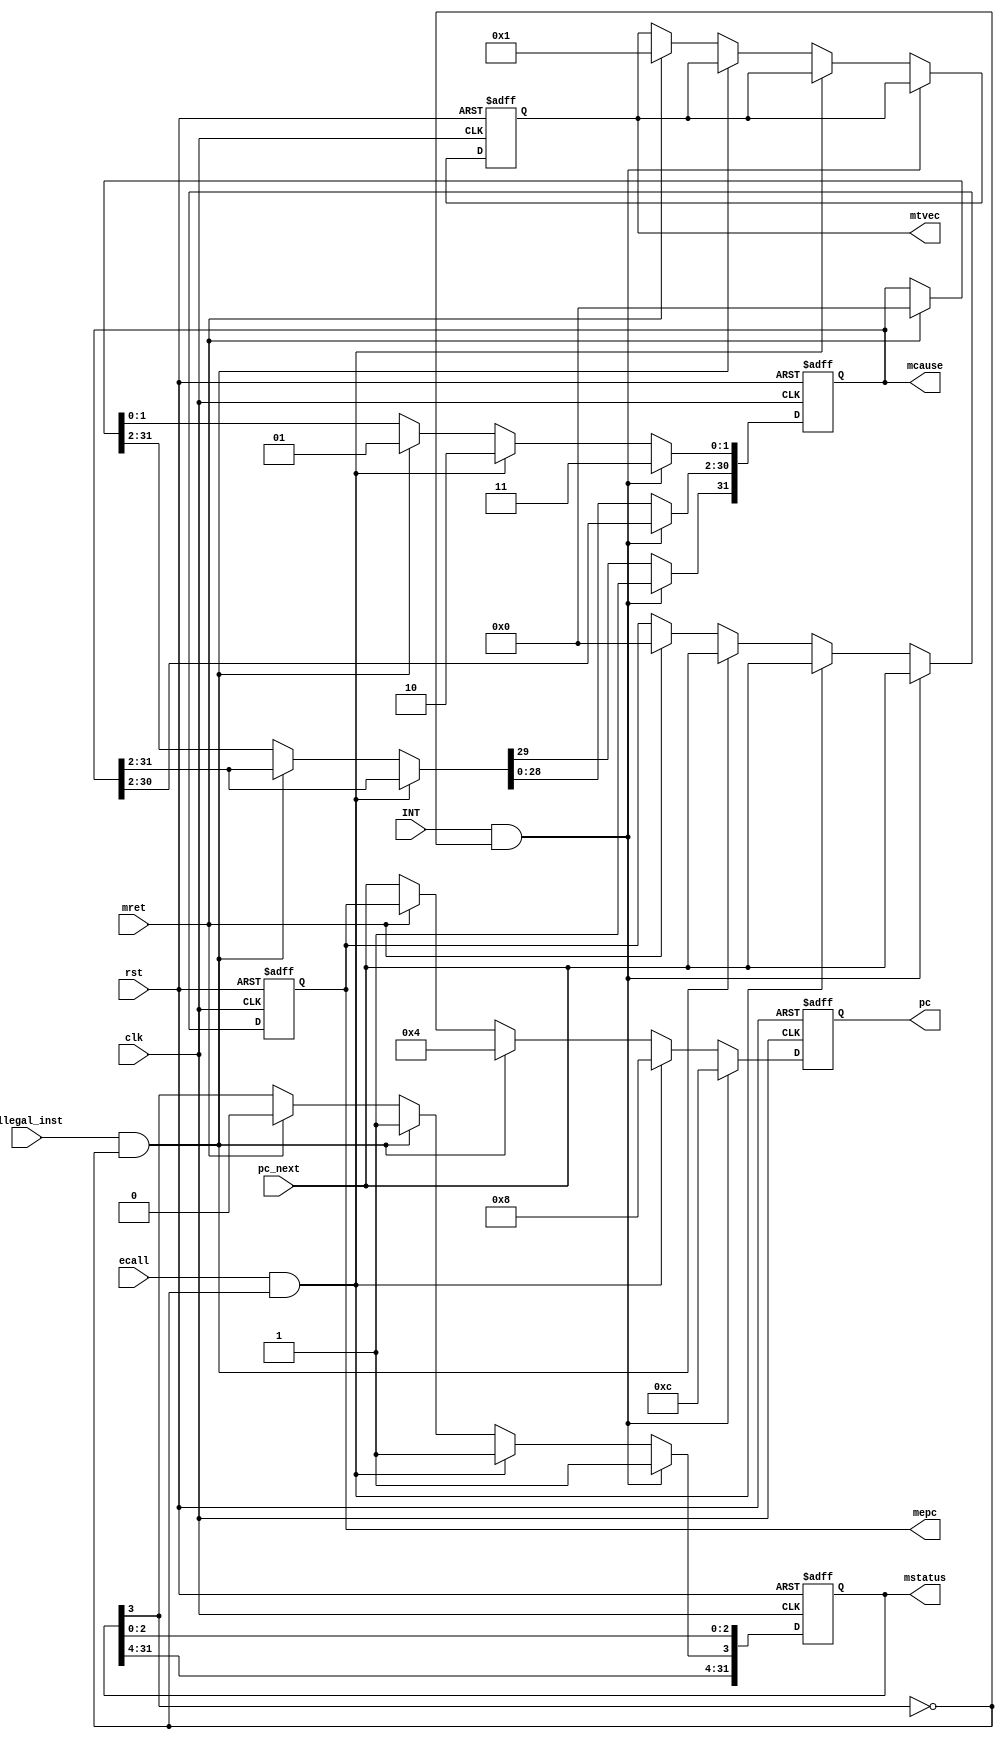
module RV_INT(
    input       clk,
    input       rst,
    input       INT,          // 
    input       ecall,        // ECALL 
    input       mret,         // MRET 
    input       illegal_inst, // 
    input [31:0] pc_next,     // 
    output reg[31:0] pc,      //  PC 
    output reg[31:0] mstatus,
    output reg[31:0] mtvec,
    output reg[31:0] mcause,
    output reg[31:0] mepc
);

    always @(negedge clk or posedge rst) begin
        if(rst==1) begin
            pc=32'b0;
            mstatus=32'b0;
            mtvec=32'b1;    //Base=0, Mode=1
            mcause=32'b0;
            mepc=32'b0;
        end
        else begin
            if(INT && (mstatus[3]==0)) begin    //interrupt
                pc=32'hC;
                mstatus[3]=1'b1;
                mcause[1:0]=2'b11;  //3*4=C
                mcause[31]=1'b1;    //interrupt bit
                mepc=pc_next;
            end
            else if(ecall && (mstatus[3]==0)) begin     //ecall
                pc=32'h8;
                mstatus[3]=1'b1;
                mcause[1:0]=2'b10;  //2*4=8
                mepc=pc_next;
            end
            else if(illegal_inst && (mstatus[3]==0)) begin      //illegal
                pc=32'h4;
                mstatus[3]=1'b1;
                mcause[1:0]=2'b01;  //4
                mepc=pc_next;
            end
            else if(mret) begin
                pc=mepc;
                mstatus[3]=1'b0;
                mtvec=32'b1;
                mcause=32'b0;
                mepc=32'b0;
            end
            else begin
                pc=pc_next;
            end
        end
    end



endmodule